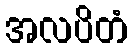
အလပိတံ